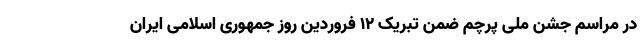
در مراسم جشن ملی پرچم ضمن تبریک ۱۲ فروردین روز جمهوری اسلامی ایران